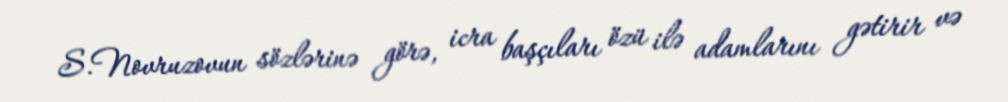
S.Novruzovun sözlərinə görə, icra başçıları özü ilə adamlarını gətirir və